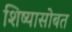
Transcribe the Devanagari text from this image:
शिष्यासोबत